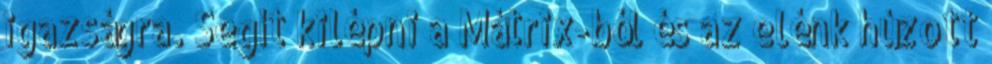
igazságra. Segít kilépni a Mátrix-ból és az elénk húzott